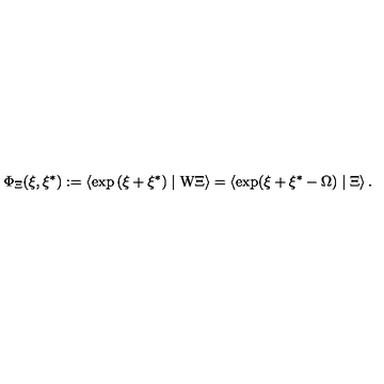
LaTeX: \Phi _ { \Xi } ( \xi , \xi ^ { * } ) : = \left\langle \exp \left( \xi + \xi ^ { * } \right) \mid \mathrm { W } \Xi \right\rangle = \left\langle \exp ( \xi + \xi ^ { * } - \Omega ) \mid \Xi \right\rangle .